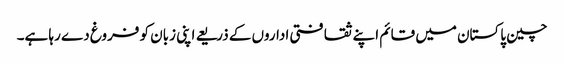
چین پاکستان میں قائم اپنے ثقافتی اداروں کے ذریعے اپنی زبان کو فروغ دے رہا ہے۔